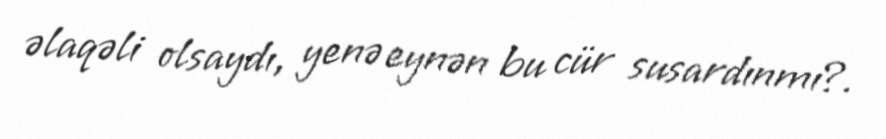
əlaqəli olsaydı, yenə eynən bu cür susardınmı?.